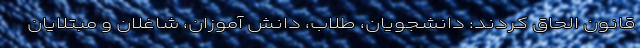
قانون الحاق کردند: دانشجویان، طلاب، دانش آموزان، شاغلان و مبتلایان